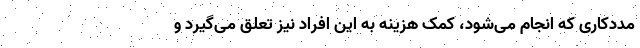
مددکاری که انجام می‌شود، کمک هزینه به این افراد نیز تعلق می‌گیرد و